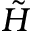
\tilde { H }